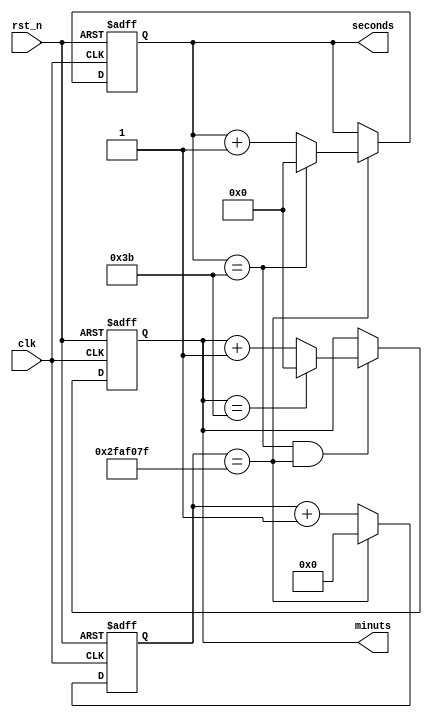
module timer
#(
  // Reference clock value in Hz
  parameter ref_clock = 50000000 
 )

(
 input            clk,
 input            rst_n,
 output reg [7:0] seconds,
 output reg [7:0] minuts
 );

  localparam 
    sec_tick = ref_clock,
    period   = 60;
  
  reg [31:0]      tick_cnt;
  wire            tick_en;
  wire            sec_en;
  
  //System time
  always@(posedge clk or negedge rst_n)
    if(!rst_n)
      tick_cnt <= 0;
    else if(tick_cnt == sec_tick - 1)
      tick_cnt <= 0;
    else
      tick_cnt <= tick_cnt + 1'b1;
  
  //Seconds
  always@(posedge clk or negedge rst_n)
    if(!rst_n)
      seconds <= 0;
    else if(tick_cnt == sec_tick - 1)
      if(seconds == period -1)
        seconds <= 0;
      else
        seconds <= seconds + 1'b1;
  
  // Minuts
  always@(posedge clk or negedge rst_n)
    if(!rst_n)
      minuts <= 0;
    else if(seconds == period - 1 && tick_cnt == sec_tick -1)
      if(minuts == period -1)
        minuts <= 0;
      else
        minuts <= minuts + 1'b1;
    
  
endmodule // timer